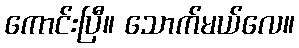
ကောင်းပြီ။ သောက်မယ်လေ။